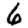
Digit: 6